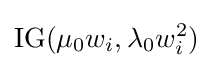
\operatorname {IG} (\mu _{0}w_{i},\lambda _{0}w_{i}^{2})\,\!